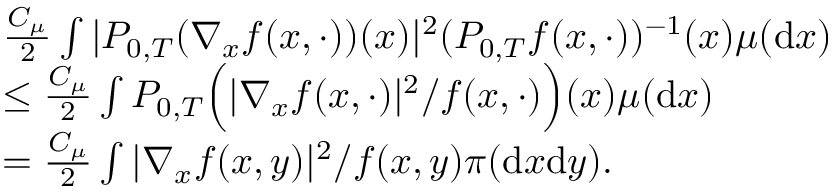
\begin{array} { r l } & { \frac { C _ { \mu } } { 2 } \int | P _ { 0 , T } ( \nabla _ { x } f ( x , \cdot ) ) ( x ) | ^ { 2 } ( P _ { 0 , T } f ( x , \cdot ) ) ^ { - 1 } ( x ) \mu ( \mathrm { d } x ) } \\ & { \leq \frac { C _ { \mu } } { 2 } \int P _ { 0 , T } \Big ( | \nabla _ { x } f ( x , \cdot ) | ^ { 2 } / f ( x , \cdot ) \Big ) ( x ) \mu ( \mathrm { d } x ) } \\ & { = \frac { C _ { \mu } } { 2 } \int | \nabla _ { x } f ( x , y ) | ^ { 2 } / f ( x , y ) \pi ( \mathrm { d } x \mathrm { d } y ) . } \end{array}